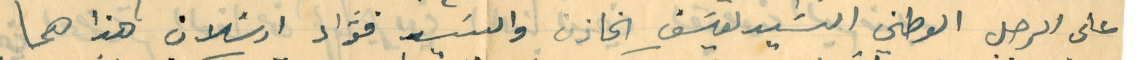
على الرجل الوطني السَيد يوسَف الخازن والسَيد فؤاد ارسلان هذا هما